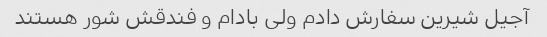
آجیل شیرین سفارش دادم ولی بادام و فندقش شور هستند